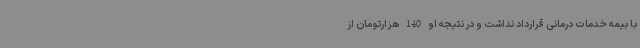
با بیمه خدمات درمانی قرارداد نداشت و در نتیجه او 140 هزارتومان از